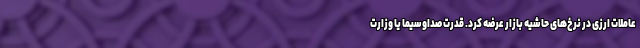
عاملات ارزی در نرخ‌های حاشیه بازار عرضه کرد. قدرت صداوسیما یا وزارت